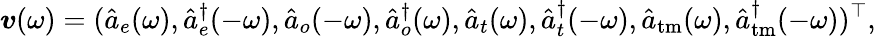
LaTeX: \boldsymbol{v}(\omega)=(\hat{a}_{e}(\omega),\hat{a}_{e}^{\dagger}(-\omega),\hat{a}_{o}(-\omega),\hat{a}_{o}^{\dagger}(\omega),\hat{a}_{t}(\omega),\hat{a}_{t}^{\dagger}(-\omega),\hat{a}_{\mathrm{tm}}(\omega),\hat{a}_{\mathrm{tm}}^{\dagger}(-\omega))^{\top},